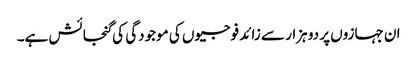
ان جہازوں پر دو ہزار سے زائد فوجیوں کی موجودگی کی گنجائش ہے۔